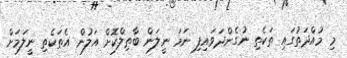
މި މުއްދަތުގައި ތަކެތި ނުގެންދަވައިފި ނަމަ ނީލަން ބާޠިލްކޮށް އަލުން އެތަކެތި ނީލަމަށް